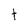
Character: t